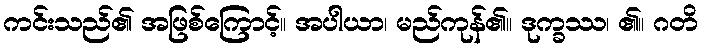
ကင်းသည်၏ အဖြစ်ကြောင့်။ အပါယာ၊ မည်ကုန်၏။ ဒုက္ခဿ၊ ၏။ ဂတိ